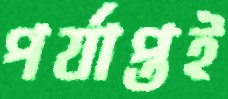
পর্যাপ্তই